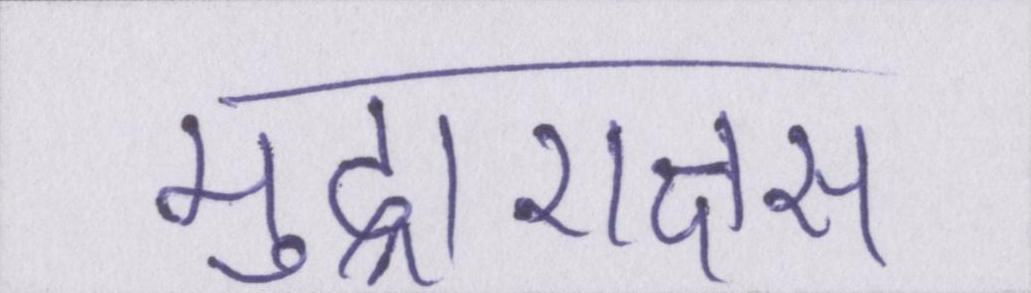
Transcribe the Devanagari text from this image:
मुद्राराक्षस